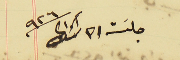
جلسَة ٢١ شباط سنة ٩٢٦